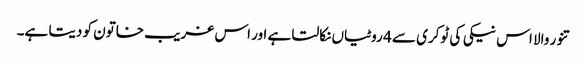
تنور والا اس نیکی کی ٹوکری سے 4 روٹیاں نکالتا ہے اور اس غریب خاتون کو دیتا ہے۔